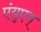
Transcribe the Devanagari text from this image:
एंयुएन्